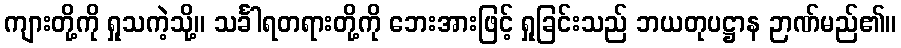
ကျားတို့ကို ရှုသကဲ့သို့။ သင်္ခါရတရားတို့ကို ဘေးအားဖြင့် ရှုခြင်းသည် ဘယတုပဋ္ဌာန ဉာဏ်မည်၏။